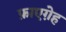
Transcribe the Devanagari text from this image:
फ़ाएग़ेह